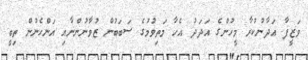
ވަޒީފާ އަދާނުކުރާ މީހުންގެ އަދަދު އެހާ މަތިވުމުގެ ސަބަބުން ޒުވާނުންނާއި އަންހެނުން ތިބީ